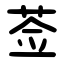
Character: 莶